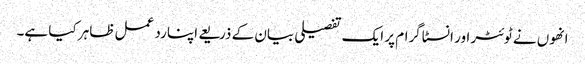
انھوں نے ٹوئٹر اور انسٹاگرام پر ایک تفصیلی بیان کے ذریعے اپنا رد عمل ظاہر کیا ہے۔